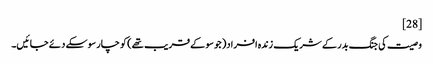
[28]
وصیت کی جنگ بدر کے شریک زندہ افراد( جو سو کے قریب تھے) کو چار سو سکے دئے جائیں۔